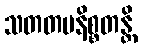
သတတမနိစ္စတန္တိ